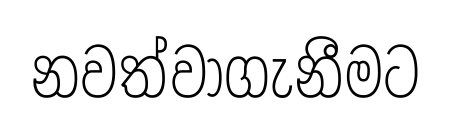
නවත්වාගැනීමට